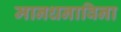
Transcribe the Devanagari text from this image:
मानधनाविना